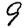
Digit: 9